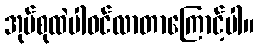
အုပ်စုထဲပါဝင်လာတာကြောင့်ပါ။